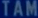
TAM